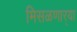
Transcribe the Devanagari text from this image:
मिसळणार्‍या